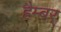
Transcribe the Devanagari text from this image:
हैम्बर्